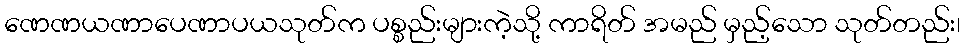
ဏေဏယဏာပေဏာပယသုတ်က ပစ္စည်းများကဲ့သို့ ကာရိတ် အမည် မှည့်သော သုတ်တည်း၊